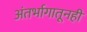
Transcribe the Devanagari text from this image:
अंतर्भागातूनही